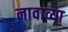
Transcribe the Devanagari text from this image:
नावाव्या